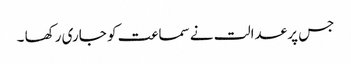
جس پر عدالت نے سماعت کو جاری رکھا ۔